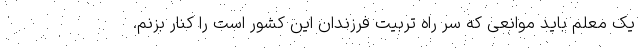
یک معلم باید موانعی که سر راه تربیت فرزندان این کشور است را کنار بزنم.